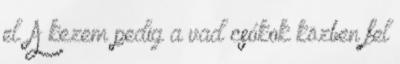
el. A kezem pedig a vad csókok közben fel